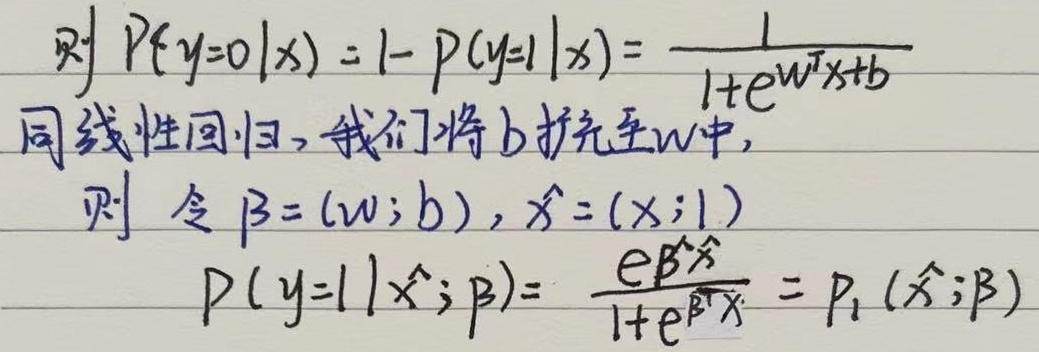
则$P(y = 0|x)=1 - P(y = 1|x)=\frac{1}{1 + e^{w^{T}x + b}}$。同线性回归，我们将$b$扩充至$w$中，则令$\beta=(w;b),\hat{x}=(x;1)$，$P(y = 1|\hat{x};\beta)=\frac{e^{\beta^{T}\hat{x}}}{1 + e^{\beta^{T}\hat{x}}}=P_{1}(\hat{x};\beta)$